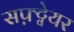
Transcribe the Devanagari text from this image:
सफ़्ट्वेयर